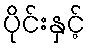
ပိုင်းနှင့်